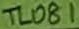
Text: TL081